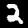
Label: 2